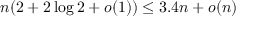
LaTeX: n ( 2 + 2 \log 2 + o ( 1 ) ) \leq 3 . 4 n + o ( n )